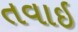
તવાઇ